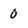
Character: 0